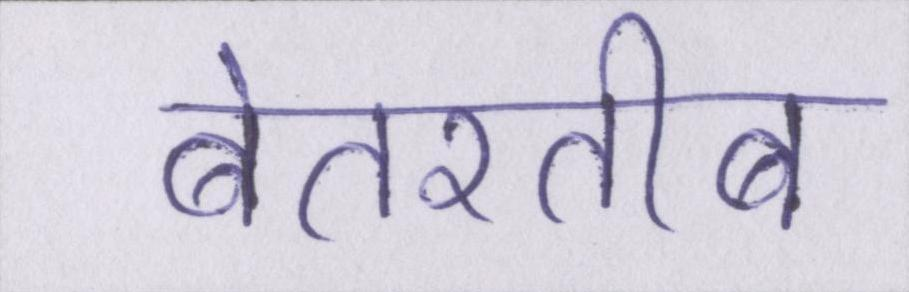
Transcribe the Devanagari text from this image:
बेतरतीब